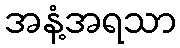
အနံ့အရသာ